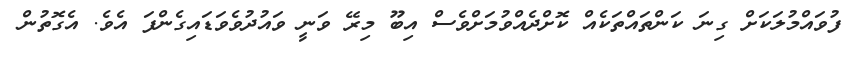
ފުވައްމުލަކަށް ގިނަ ކަންތައްތަކެއް ކޮށްދެއްވުމަށްވެސް އިބޫ މިރޭ ވަނީ ވައުދުވެވަޑައިގެންފަ އެވެ. އެގޮތުން